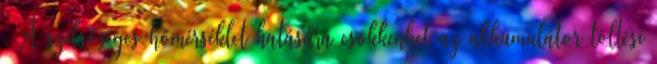
. A szélsőséges hőmérséklet hatására csökkenhet az akkumulátor töltési